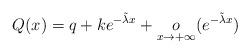
LaTeX: \begin{align*}Q(x)=q+ke^{-\tilde{\lambda} x} + \underset{x\rightarrow+\infty}{o} (e^{-\tilde{\lambda} x})\end{align*}